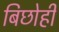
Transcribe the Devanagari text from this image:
बिछोही